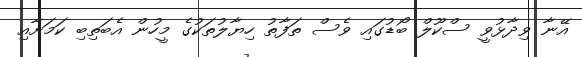
އޭނާ ވިދާޅުވީ ސްކޫލް ބޯޑުގައި ވެސް ތަފާތު ހިޔާލުތަކުގެ މީހުން އެބަތިބި ކަމަށާއި